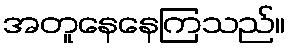
အတူနေနေကြသည်။